Rakvere_kinnistusamet, lk 9
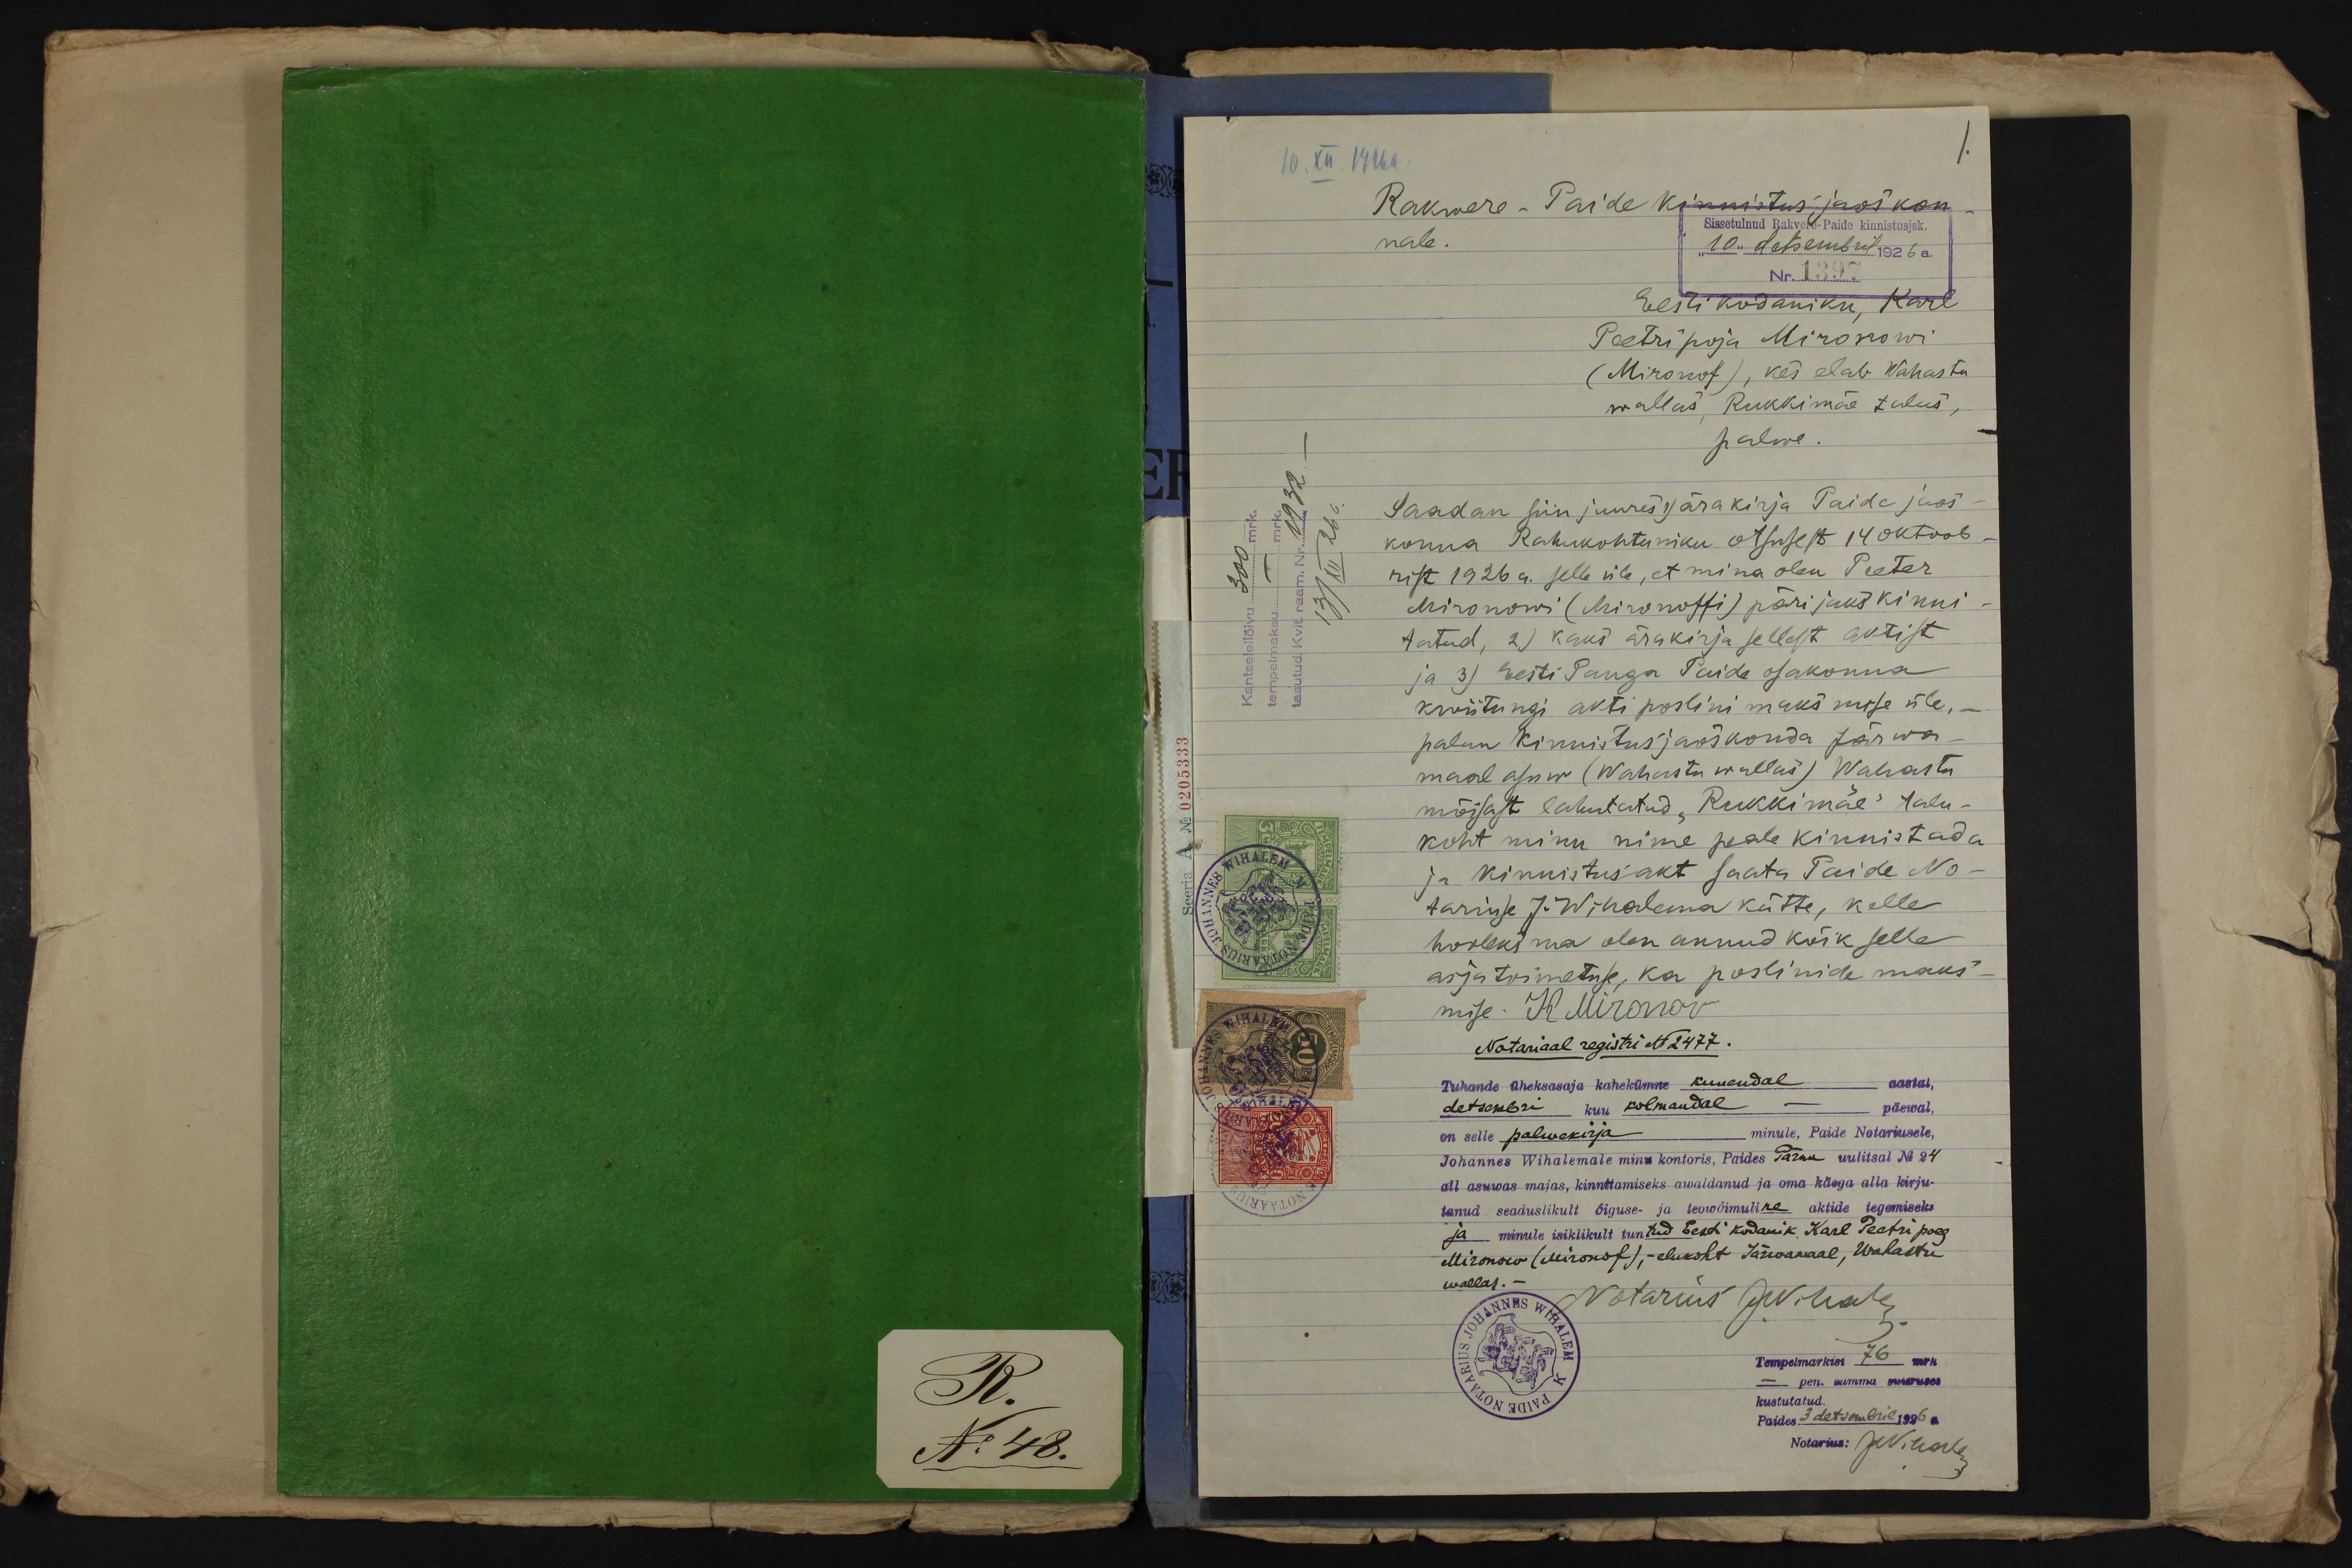
10. XII. 1926a.
1.
Rakwere- Paide kinnistus jaos kon-
nale.
Sissetulnud Rakvere-Paide kinnistusjsk.
"10" detsembril 1926 a.
Nr. 1397
Eesti kodaniku, Karl
Peetri poja Mironowi
(Mironof), kes elab Wahastu
wallas, Rukkimäe talus,
palwe.
Kantseleilõivu 300 mrk.
tempelmaksu - mrk.
tasutud. Kvit. raam. Nr. 1932.-
13/XII 26a.
Saadan siin juures 1) ärakirja Paide jaos-
konna Rahukohtuniku otsusest 14 oktoob-
rist 1926 a. selle üle, et mina olen Peeter
Mironowi (Mironoffi) pärijaks kinni-
tatud, 2) kaks ärakirja sellest aktist
ja 3) Eesti Panga Paide osakonna
kwiitungi akti poslini maksmise üle,-
palun kinnistusjaoskonda Järwa-
maal asuw (Wahastu wallas) Wahastu
mõisast lahutatud "Rukkimäe" talu-
koht minu nime peale kinnistada
ja kinnistusakt saata Paide No-
tariuse J. Wihalema kätte, kelle
hooleks ma olen annud kõik selle
asjatoimetuse, ka poslinide maks-
mise. K Mironov
Notariaal registri N2477.
Tuhande üheksasaja kahekümne kuuendal aastal,
detsembri kuu kolmandal - päewal,
on selle palwekirja minule, Paide Notariusele,
Johannes Wihalemale minu kontoris, Paides Pärnu uulitsal No 24
all asuwas majas, kinnitamiseks awaldanud ja oma käega alla kirju-
tanud seaduslikult õiguse- ja teowõimuline aktide tegemiseks
ja minule isiklikult tuntud Eesti kodanik Karl Peetri poeg
Mironow (Mironof), - elukoht Järwamaal, Wahastu
wallas.-
Notarius JWihalem.
Tempelmarkisi 76 mrk
- pen. summa suuruses
kustutatud.
Paides 3 detsembril 1926 a
Notarius: JWihalem

Seeria A No: 0205333

R.
No 48.